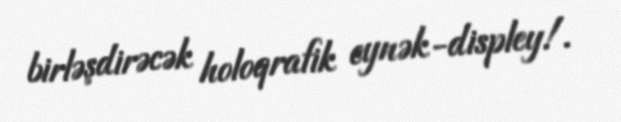
birləşdirəcək holoqrafik eynək-displey!.